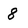
Character: 8